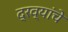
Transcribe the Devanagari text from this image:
द्रव्यांचे